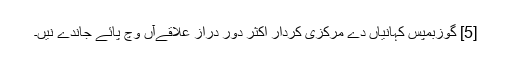
[5] گوزبمپس کہانیاں دے مرکزی کردار اکثر دور دراز علاقےآں وچ پائے جاندے نيں۔